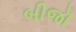
બીજૉ